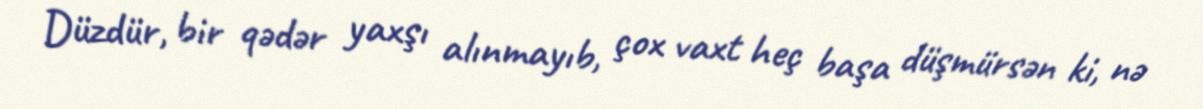
Düzdür, bir qədər yaxşı alınmayıb, çox vaxt heç başa düşmürsən ki, nə